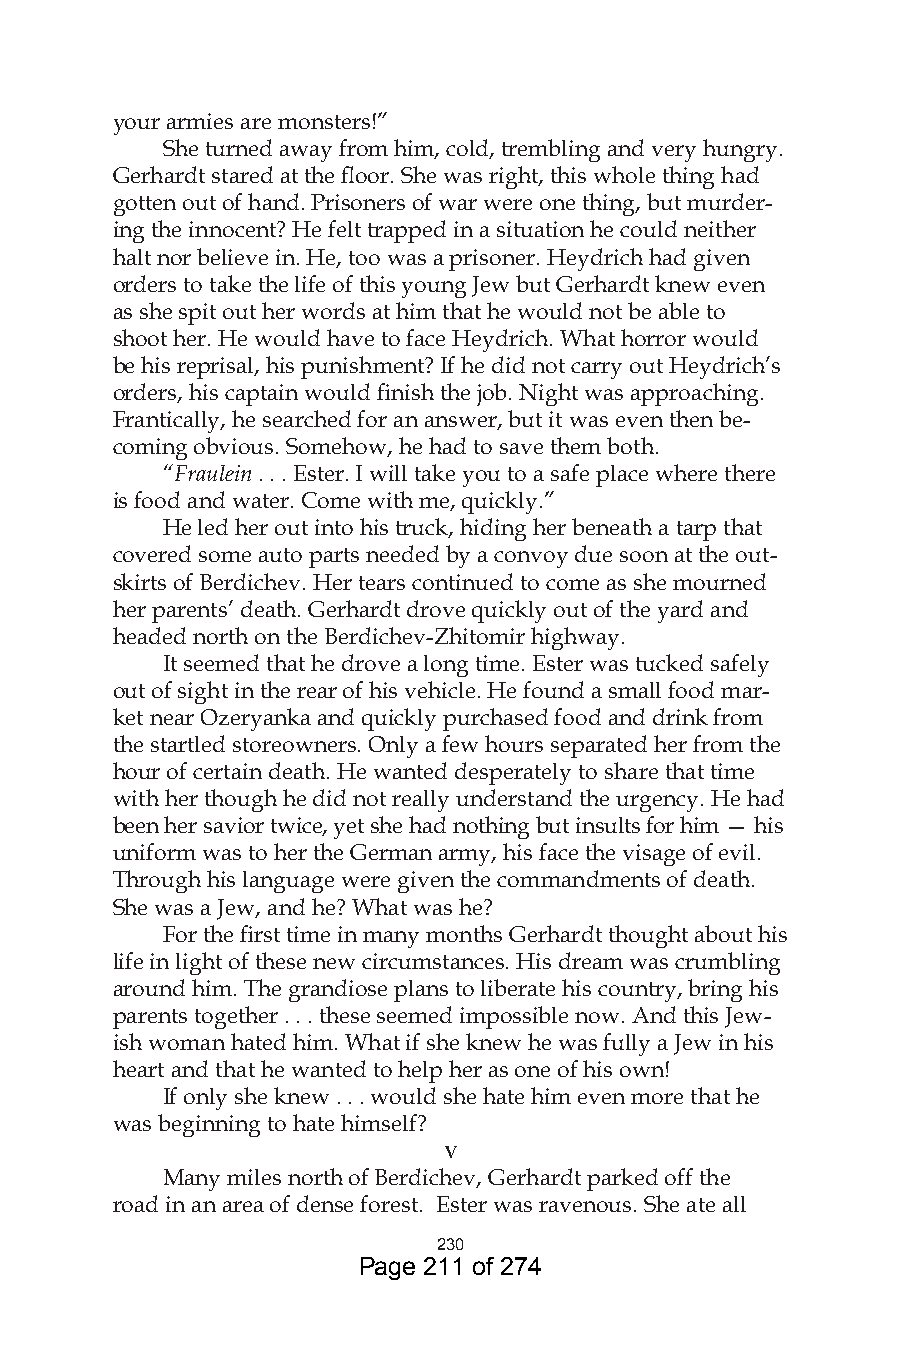
your armies are monsters!”
 She turned away from him, cold, trembling and very hungry.
 Gerhardt stared at the floor. She was right, this whole thing had
 gotten out of hand. Prisoners of war were one thing, but murder-
 ing the innocent? He felt trapped in a situation he could neither
 halt nor believe in. He, too was a prisoner. Heydrich had given
 orders to take the life of this young Jew but Gerhardt knew even
 as she spit out her words at him that he would not be able to
 shoot her. He would have to face Heydrich. What horror would
 be his reprisal, his punishment? If he did not carry out Heydrich’s
 orders, his captain would finish the job. Night was approaching.
 Frantically, he searched for an answer, but it was even then be-
 coming obvious. Somehow, he had to save them both.
 “Fraulein . . . Ester. I will take you to a safe place where there
 is food and water. Come with me, quickly.”
 He led her out into his truck, hiding her beneath a tarp that
 covered some auto parts needed by a convoy due soon at the out-
 skirts of Berdichev. Her tears continued to come as she mourned
 her parents’ death. Gerhardt drove quickly out of the yard and
 headed north on the Berdichev-Zhitomir highway.
 It seemed that he drove a long time. Ester was tucked safely
 out of sight in the rear of his vehicle. He found a small food mar-
 ket near Ozeryanka and quickly purchased food and drink from
 the startled storeowners. Only a few hours separated her from the
 hour of certain death. He wanted desperately to share that time
 with her though he did not really understand the urgency. He had
 been her savior twice, yet she had nothing but insults for him — his
 uniform was to her the German army, his face the visage of evil.
 Through his language were given the commandments of death.
 She was a Jew, and he? What was he?
 For the first time in many months Gerhardt thought about his
 life in light of these new circumstances. His dream was crumbling
 around him. The grandiose plans to liberate his country, bring his
 parents together . . . these seemed impossible now. And this Jew-
 ish woman hated him. What if she knew he was fully a Jew in his
 heart and that he wanted to help her as one of his own!
 If only she knew . . . would she hate him even more that he
 was beginning to hate himself?
 v
 Many miles north of Berdichev, Gerhardt parked off the
 road in an area of dense forest. Ester was ravenous. She ate all
 0
 Page 211 of 274